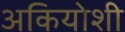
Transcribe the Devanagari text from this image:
अकियोशी